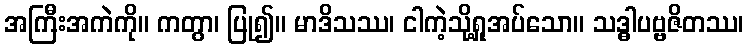
အကြီးအကဲကို။ ကတွာ၊ ပြု၍။ မာဒိသဿ၊ ငါကဲ့သို့ရှုအပ်သော။ သဒ္ဓါပဗ္ဗဇိတဿ၊